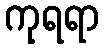
ကုရရာ